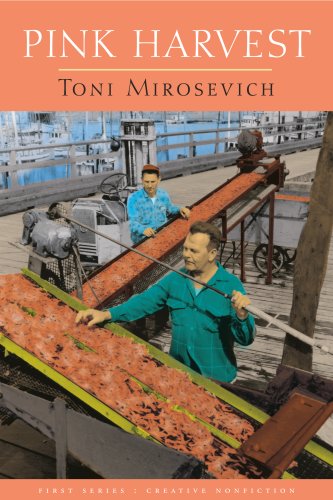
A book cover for Pink Harvest: Tales of Happenstance; Toni Mirosevich; Gay & Lesbian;